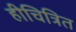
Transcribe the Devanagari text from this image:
हीचित्रित